Vaccine operations Central Provinces 1868-1885 - 1868-1885
Year: 1868
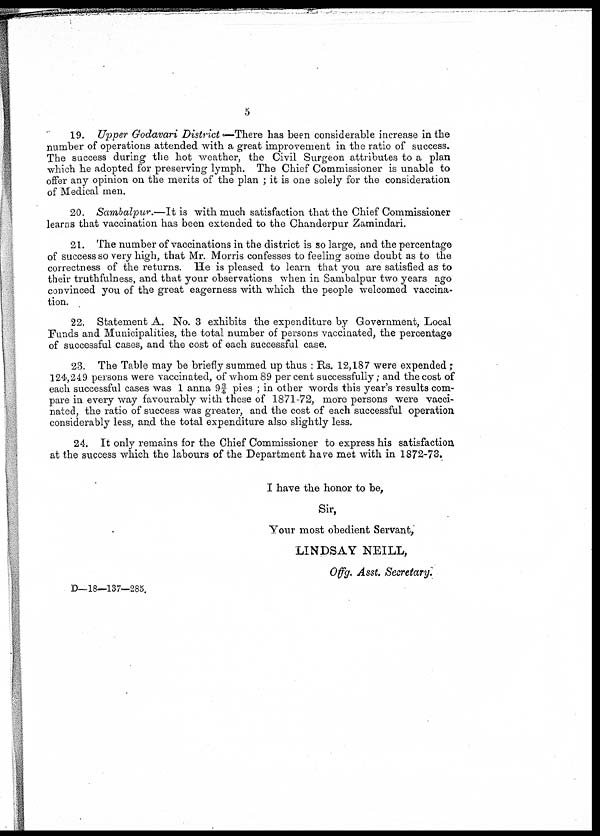
5
19. Upper Godavari District —There has been considerable increase in the
number of operations attended with a great improvement in the ratio of success.
The success during the hot weather, the Civil Surgeon attributes to a plan
which he adopted for preserving lymph. The Chief Commissioner is unable to
offer any opinion on the merits of the plan ; it is one solely for the consideration
of Medical men.
20. Sambalpur.—It is with much satisfaction that the Chief Commissioner
learns that vaccination has been extended to the Chanderpur Zamindari.
21. The number of vaccinations in the district is so large, and the percentage
of success so very high, that Mr. Morris confesses to feeling some doubt as to the
correctness of the returns. He is pleased to learn that you are satisfied as to
their truthfulness, and that your observations when in Sambalpur two years ago
convinced you of the great eagerness with which the people welcomed vaccina-
tion.
22. Statement A. No. 3 exhibits the expenditure by Government, Local
Funds and Municipalities, the total number of persons vaccinated, the percentage
of successful cases, and the cost of each successful case.
23. The Table may be briefly summed up thus : Rs. 12,187 were expended;
124,249 persons were vaccinated, of whom 89 per cent successfully; and the cost of
each successful cases was 1 anna 9¾ pies ; in other words this year's results com-
pare in every way favourably with these of 1871-72, more persons were vacci-
nated, the ratio of success was greater, and the cost of each successful operation
considerably less, and the total expenditure also slightly less.
24. It only remains for the Chief Commissioner to express his satisfaction
at the success which the labours of the Department have met with in 1872-73.
I have the honor to be,
Sir,
Your most obedient Servant,
LINDSAY NEILL,
Offg. Asst. Secretary.
D—18—137—285.